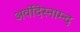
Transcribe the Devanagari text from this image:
अर्वोदेस्नाम्न्द